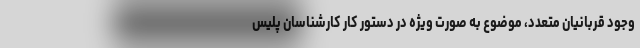
وجود قربانیان متعدد، موضوع به ‌صورت ویژه در دستور کار کارشناسان پلیس